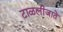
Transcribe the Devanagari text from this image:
टाळलीजाते